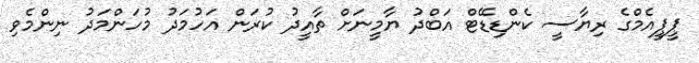
ޕީޕީއެމްގެ ރިޔާސީ ކެންޑިޑޭޓް އަބްދު ޔާމީނަށް ތާއީދު ކުރަން އަހުމަދު މުހަންމަދު ނިންމެވި